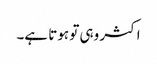
اکثر وہی تو ہوتا ہے۔